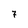
Character: 7